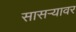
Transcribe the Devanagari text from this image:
सासर्‍यावर